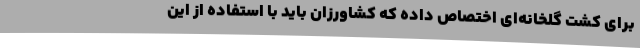
برای کشت گلخانه‌ای اختصاص داده که کشاورزان باید با استفاده از این